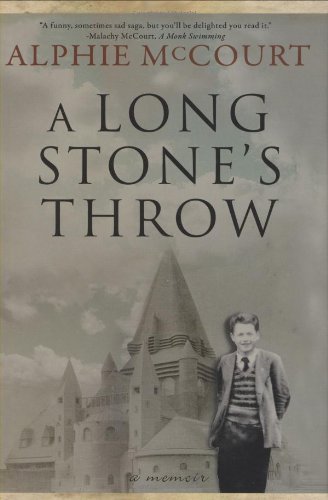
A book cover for A Long Stone's Throw; Alphie McCourt; Biographies & Memoirs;